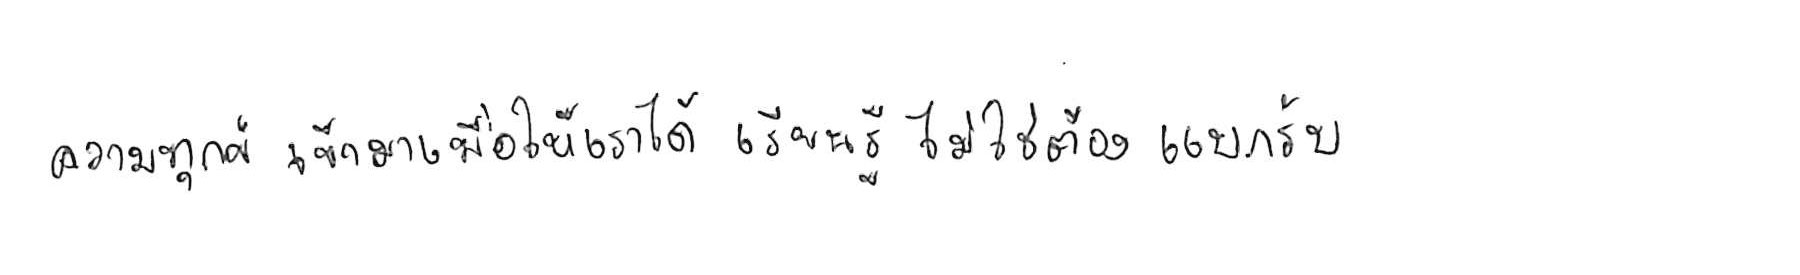
ความทุกข์ เข้ามาเพื่อให้เราได้ เรียนรู้ ไม่ใช่ต้อง แบกรับ